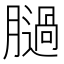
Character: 膼